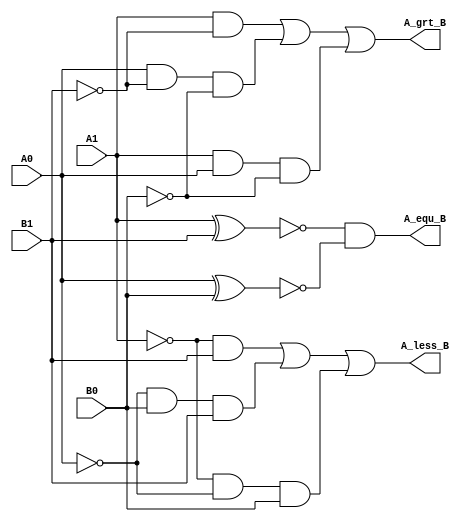
`timescale 1ns / 1ps
// Author NAme : Deepak Lal     041-18-0030
module Two_Bit_comp(A_less_B, A_equ_B, A_grt_B, A0, A1, B0, B1 );
input A0, A1, B0, B1 ;
output A_less_B, A_equ_B, A_grt_B;
wire inv_A0,inv_A1,inv_B0,inv_B1;
wire s0,s1,s2,s3,s4,s5,s6,s7;

  not not0(inv_A0, A0);
  not not1(inv_A1, A1);
  not not2(inv_B0, B0);
  not not3(inv_B1, B1);

// A< B
or or1(A_less_B, s0,s1,s2);
and and1(s0, inv_A1, B1);
and and2(s1,inv_A0, B0, B1);
and and3(s2, inv_A1,inv_A0, B0);
//  A=B
and and4(A_equ_B, s3,s4);
xnor xnor1(s3,A1,B1);
xnor xnor2(s4, A0,B0);
// A>B
or or2(A_grt_B, s5,s6,s7);
and and5(s5,A1,~B1);
and and6(s6, A0, inv_B1,inv_B0);
and and7(s7, A1,A0,inv_B0);
endmodule